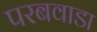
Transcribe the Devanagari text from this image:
परबवाडा